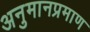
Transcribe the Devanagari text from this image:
अनुमानप्रमाण